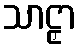
သာဠှာ